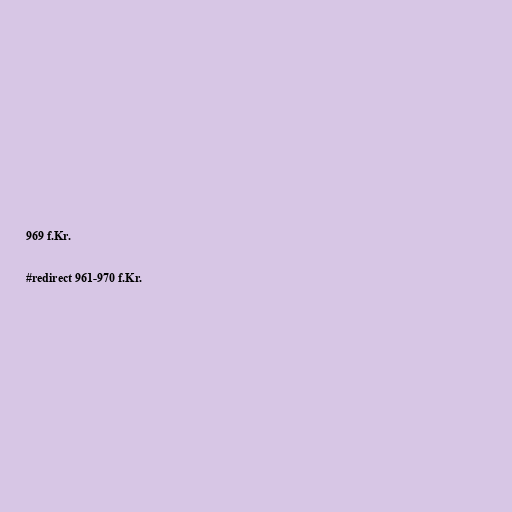
969 f.Kr.

#redirect 961-970 f.Kr.